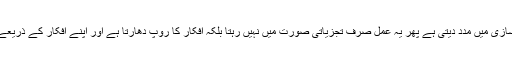
لوگ ہر وہ چیز جو اُن کے مسائل کا سبب ہوتی ہے، اُن کی شعور سازی میں مدد دیتی ہے پھر یہ عمل صرف تجزیاتی صورت میں نہیں رہتا بلکہ افکار کا روپ دھارتا ہے اور اپنے افکار کے ذریعے سماج کی تبدیلی کے لئے سماج کو اپنے افکار سے آگاہ کرتا ہے۔